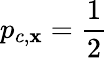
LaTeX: p_{c,\mathbf{x}}=\frac{{1}}{{2}}